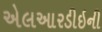
એલઆરડીઇની